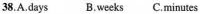
38,A.days B.weeks C.minutes